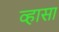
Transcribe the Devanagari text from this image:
व्हासा